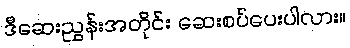
ဒီဆေးညွှန်းအတိုင်း ဆေးစပ်ပေးပါလား။